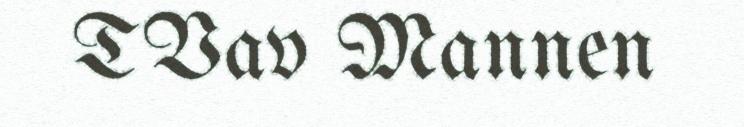
TVav Mannen